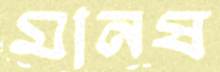
মানষ